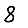
Digit: 8